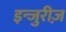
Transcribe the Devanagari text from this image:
इन्जुरीज़